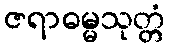
ဇရာဓမ္မသုတ္တံ